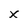
Character: X